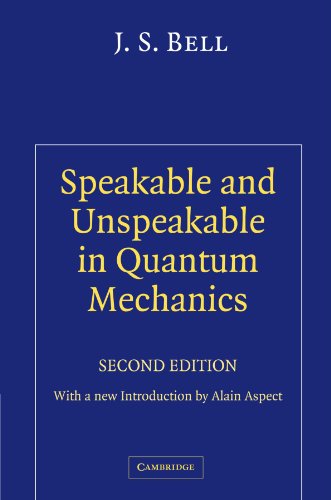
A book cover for Speakable and Unspeakable in Quantum Mechanics: Collected Papers on Quantum Philosophy; J. S. Bell; Science & Math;